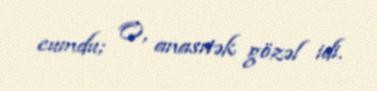
cumdu; O, anasıtək gözəl idi.